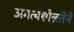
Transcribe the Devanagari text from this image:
अगत्यशीलतेने